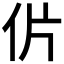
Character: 𰁨